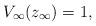
LaTeX: \begin{align*} V_{\infty}(z_{\infty})=1, \end{align*}